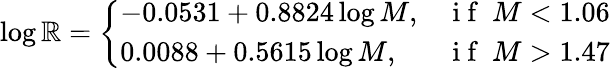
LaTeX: \log\mathbb{R}=\left\{ \begin{array}{ll}{-0.0531+0.8824\log M,}&{\mathrm{~i~f~}\ M<1.06}\\ {0.0088+0.5615\log M,}&{\mathrm{~i~f~}\ M>1.47}\end{array}\right.